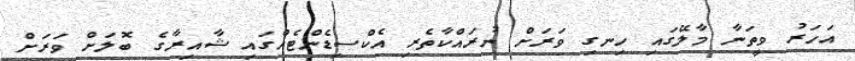
އަހަރު ވީތަނާ މާލޭގައި ހިނގި ވަރަށް ނުރައްކާތެރި އެކްސިޑެންޓެއްގައި ޝާއިރާގެ ބޮލަށް ވަރަށް